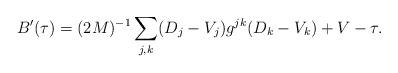
LaTeX: \begin{align*}B'(\tau )=(2M)^{-1}\sum_{j,k} (D_j-V_j)g^{jk}(D_k-V_k) +V-\tau.\end{align*}